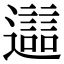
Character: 𨘔